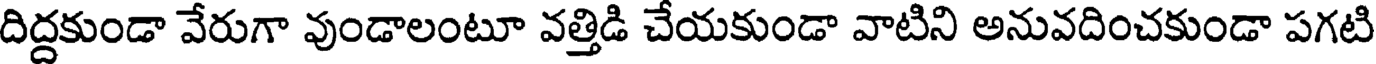
దిద్దకుండా వేరుగా వుండాలంటూ వత్తిడి చేయకుండా వాటిని అనువదించకుండా పగటి